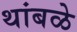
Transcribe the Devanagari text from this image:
थांबळे